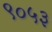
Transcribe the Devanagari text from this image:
९०५३